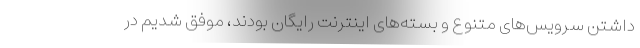
داشتن سرویس‌های متنوع و بسته‌های اینترنت رایگان بودند، موفق شدیم در